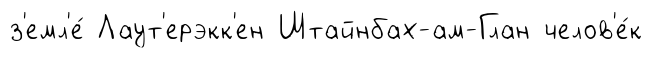
з'емл'е́ Лаут'ерэкк'ен Штайнбах-ам-Глан челов'е́к